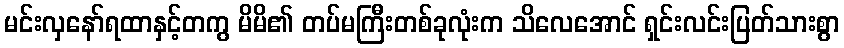
မင်းလှနော်ရထာနှင့်တကွ မိမိ၏ တပ်မကြီးတစ်ခုလုံးက သိလေအောင် ရှင်းလင်းပြတ်သားစွာ